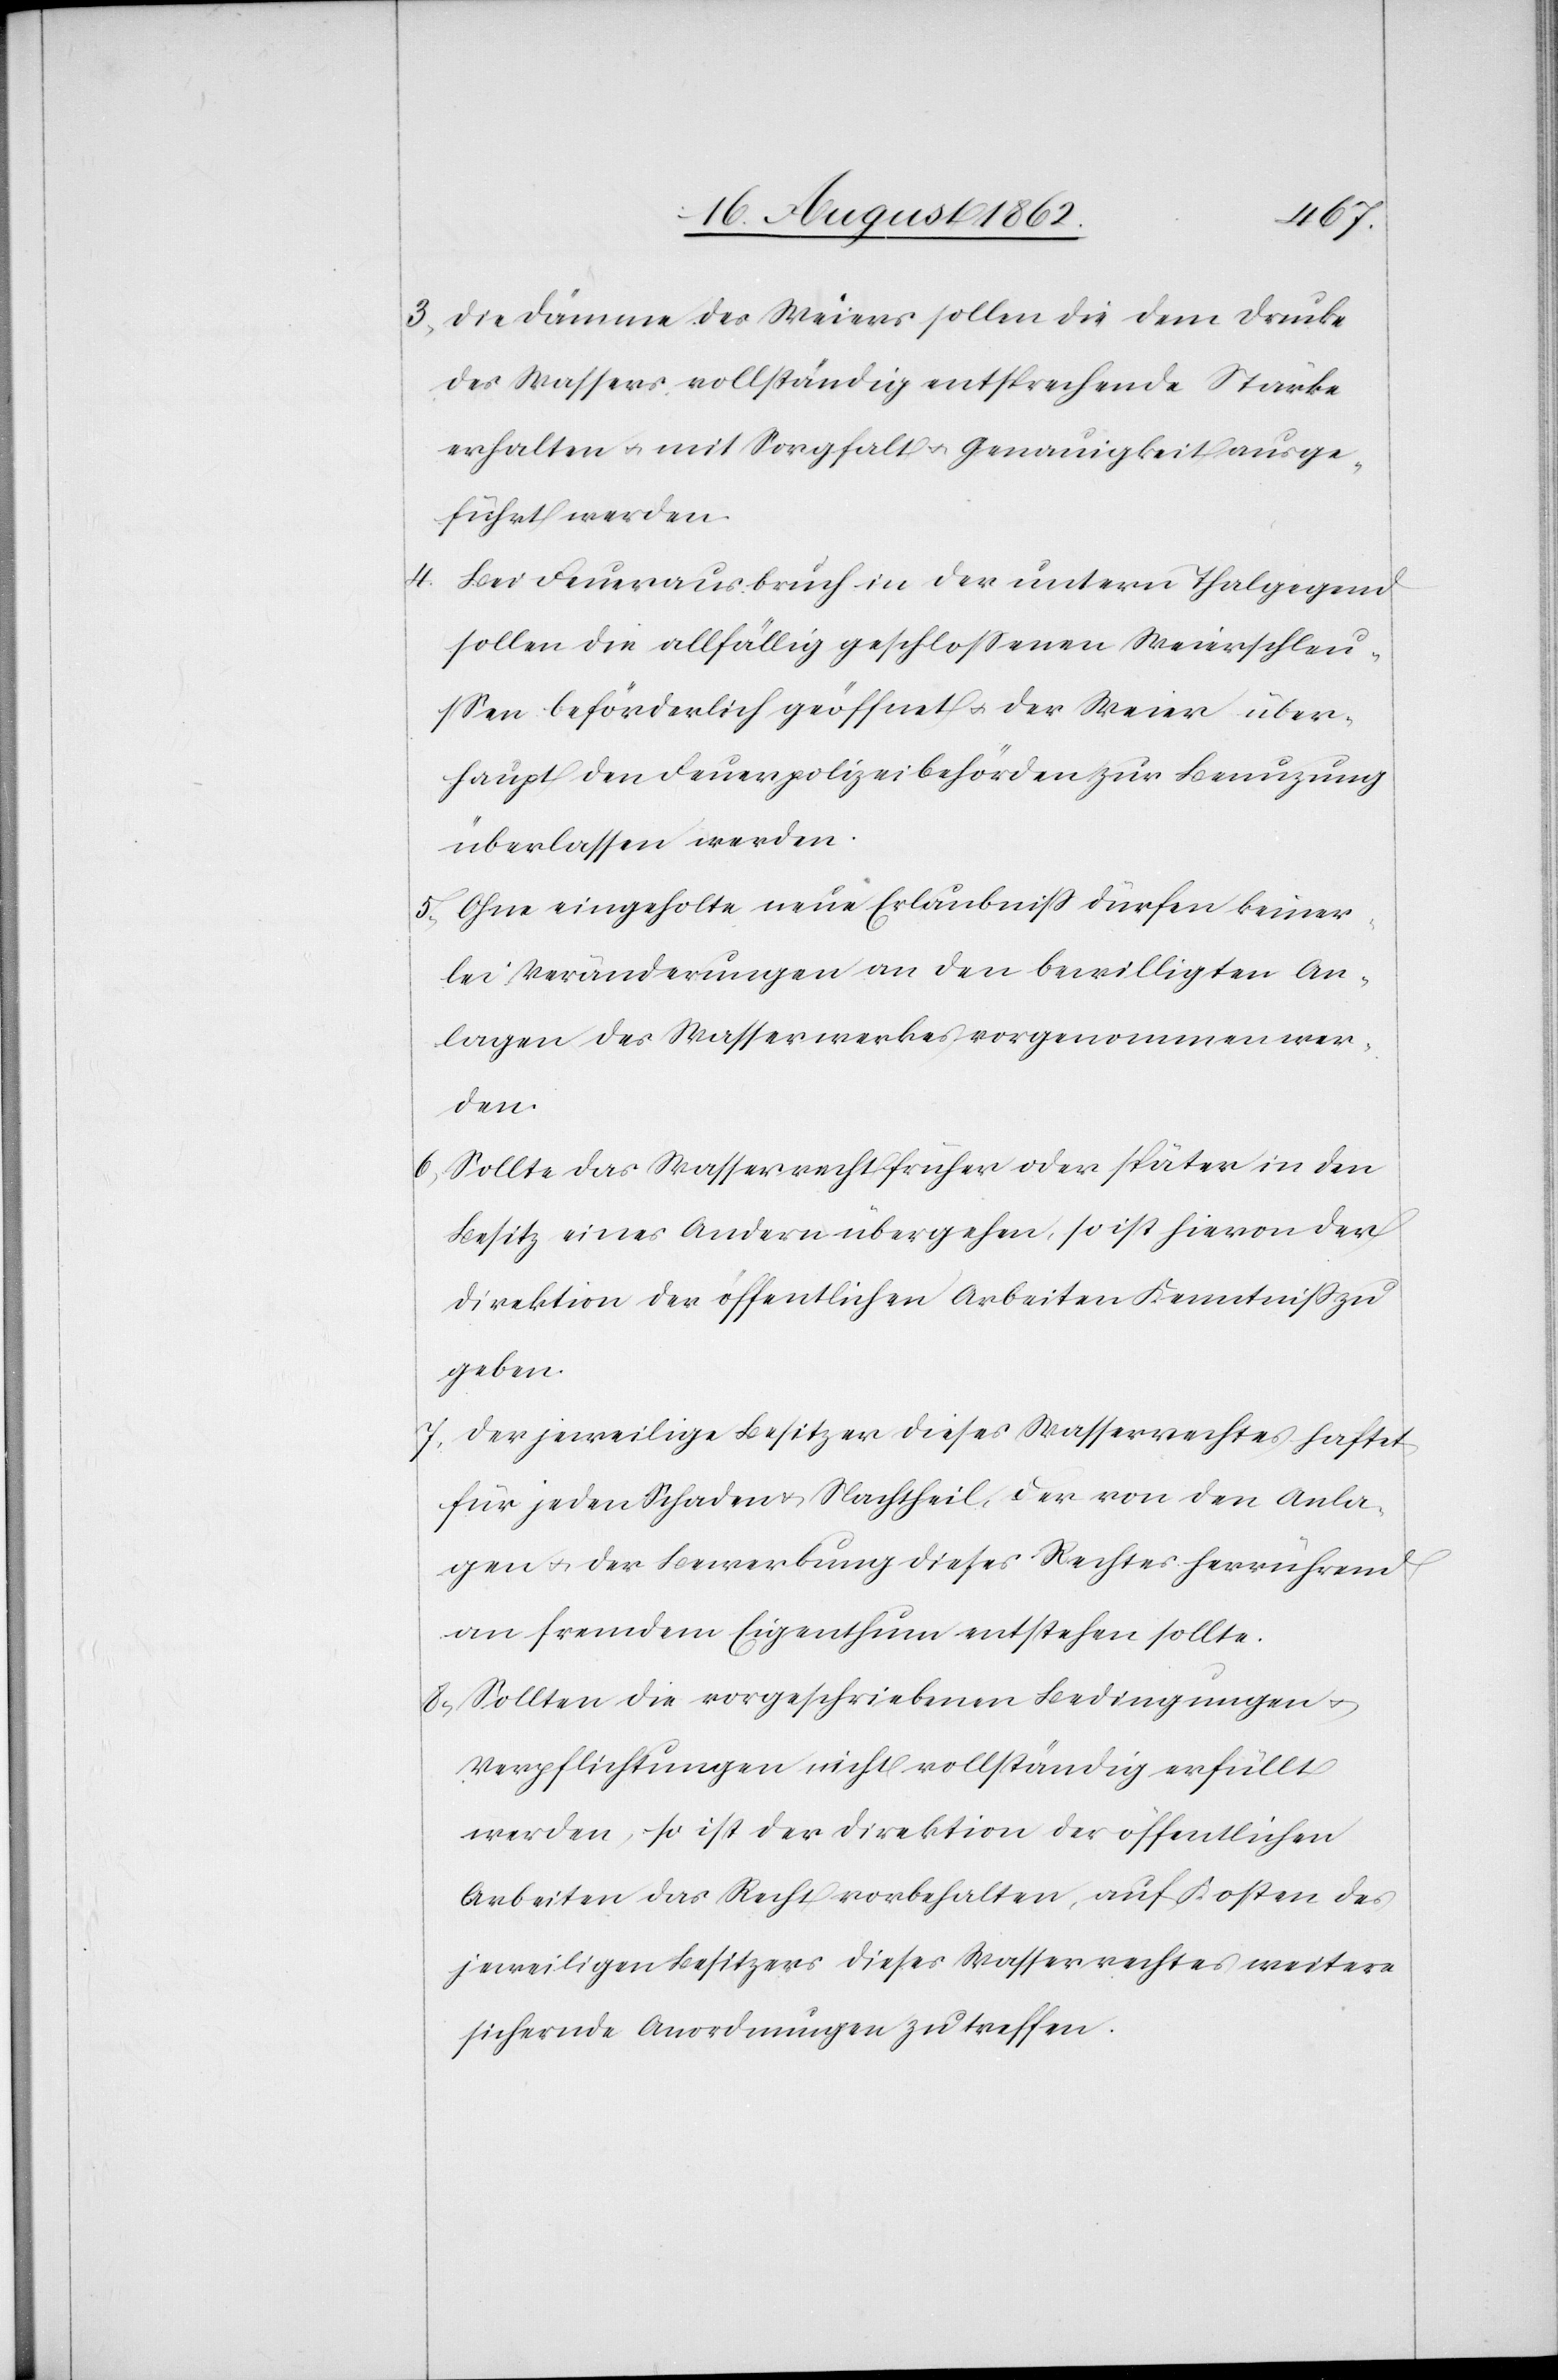
4.

3. Die Dämme des Weiers sollen die dem Drucke
des Wassers vollständig entsprechende Stärke
erhalten u. mit Sorgfalt u. Genauigkeit ausge¬
führt werden.
Bei Feuerausbruch in der untern Thalgegend
sollen die allfällig geschloßenen Weierschleu¬
ßen beförderlich geöffnet u. der Weier über¬
haupt den Feuerpolizeibehörden zur Benuzung
überlassen werden.
5. Ohne eingeholte neue Erlaubniß dürfen keiner¬
lei Veränderungen an den bewilligten An¬
lagen des Wasserwerkes vorgenommen wer¬
den.
6. Sollte das Wasserrecht früher oder später in den
Besitz eines Andern übergehen, so ist hievon der
Direktion der öffentlichen Arbeiten Kenntniß zu
geben.
7. Der jeweilige Besitzer dieses Wasserrechtes haftet
für jeden Schaden u. Nachtheil der von den Anla¬
gen u. der Bewerbung dieses Rechtes herrührend
an fremdem Eigenthum entstehen sollte.
8. Sollten die vorgeschriebenen Bedingungen u.
Verpflichtungen nicht vollständig erfüllt
werden, so ist der Direktion der öffentlichen
Arbeiten das Recht vorbehalten, auf Kosten des
jeweiligen Besitzers dieses Wasserrechtes weitere
sichernde Anordnungen zu treffen.